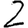
Digit: 2